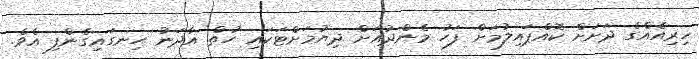
ހިރިއެއްގެ ދަށަށް ކޮއްޕައިލުމަށް ފަހު މެންދުއަށް ދިޔުމަށްޓަކައި ހުތް އާދަނު ހިނގައިގެންފި އެވެ.